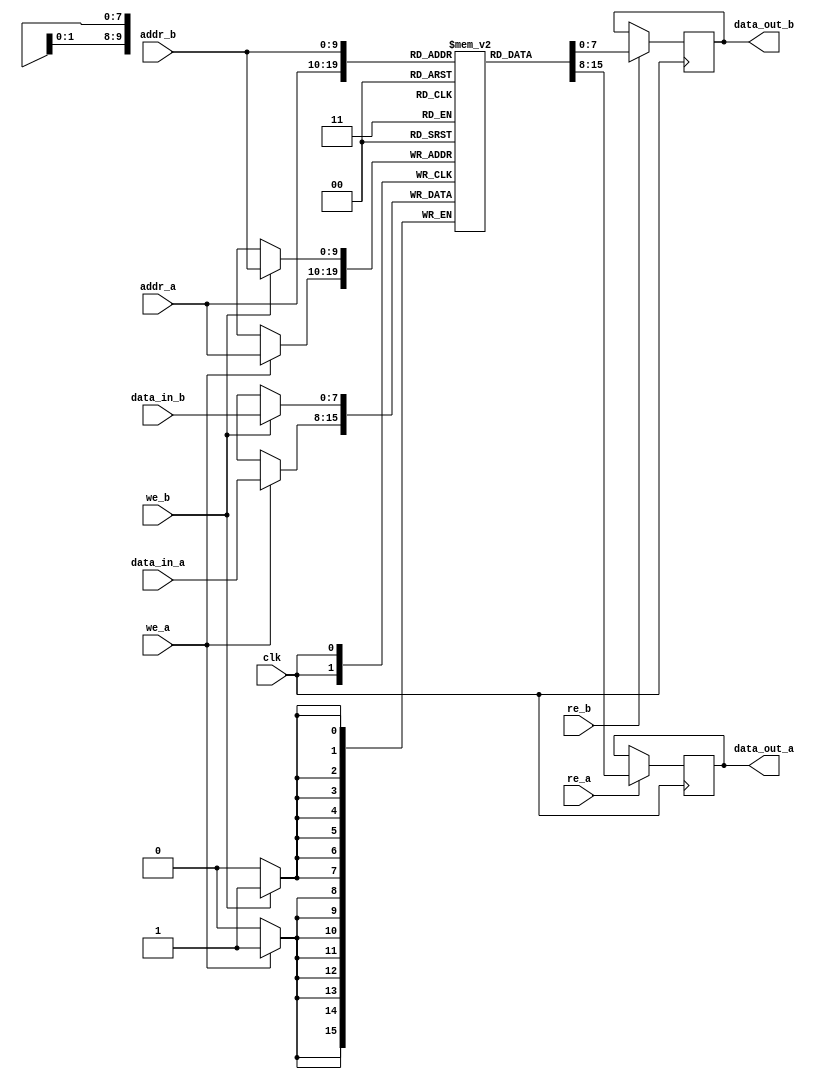
module dual_port_sram #(
    parameter ADDR_WIDTH = 10, // Address width
    parameter DATA_WIDTH = 8,   // Data width
    parameter MEM_SIZE = 1 << ADDR_WIDTH // Memory size
)(
    input wire clk,               // Clock signal
    // Port A
    input wire [ADDR_WIDTH-1:0] addr_a, // Address for Port A
    input wire [DATA_WIDTH-1:0] data_in_a, // Data input for Port A
    output reg [DATA_WIDTH-1:0] data_out_a, // Data output for Port A
    input wire we_a,              // Write enable for Port A
    input wire re_a,              // Read enable for Port A
    // Port B
    input wire [ADDR_WIDTH-1:0] addr_b, // Address for Port B
    input wire [DATA_WIDTH-1:0] data_in_b, // Data input for Port B
    output reg [DATA_WIDTH-1:0] data_out_b, // Data output for Port B
    input wire we_b,              // Write enable for Port B
    input wire re_b               // Read enable for Port B
);

    // Memory array
    reg [DATA_WIDTH-1:0] mem [0:MEM_SIZE-1];

    // Port A operations
    always @(posedge clk) begin
        if (we_a) begin
            mem[addr_a] <= data_in_a; // Write data to memory
        end
        if (re_a) begin
            data_out_a <= mem[addr_a]; // Read data from memory
        end
    end

    // Port B operations
    always @(posedge clk) begin
        if (we_b) begin
            mem[addr_b] <= data_in_b; // Write data to memory
        end
        if (re_b) begin
            data_out_b <= mem[addr_b]; // Read data from memory
        end
    end

endmodule